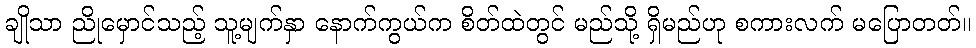
ချိုသာ ညိုမှောင်သည့် သူ့မျက်နှာ နောက်ကွယ်က စိတ်ထဲတွင် မည်သို့ ရှိမည်ဟု စကားလက် မပြောတတ်။